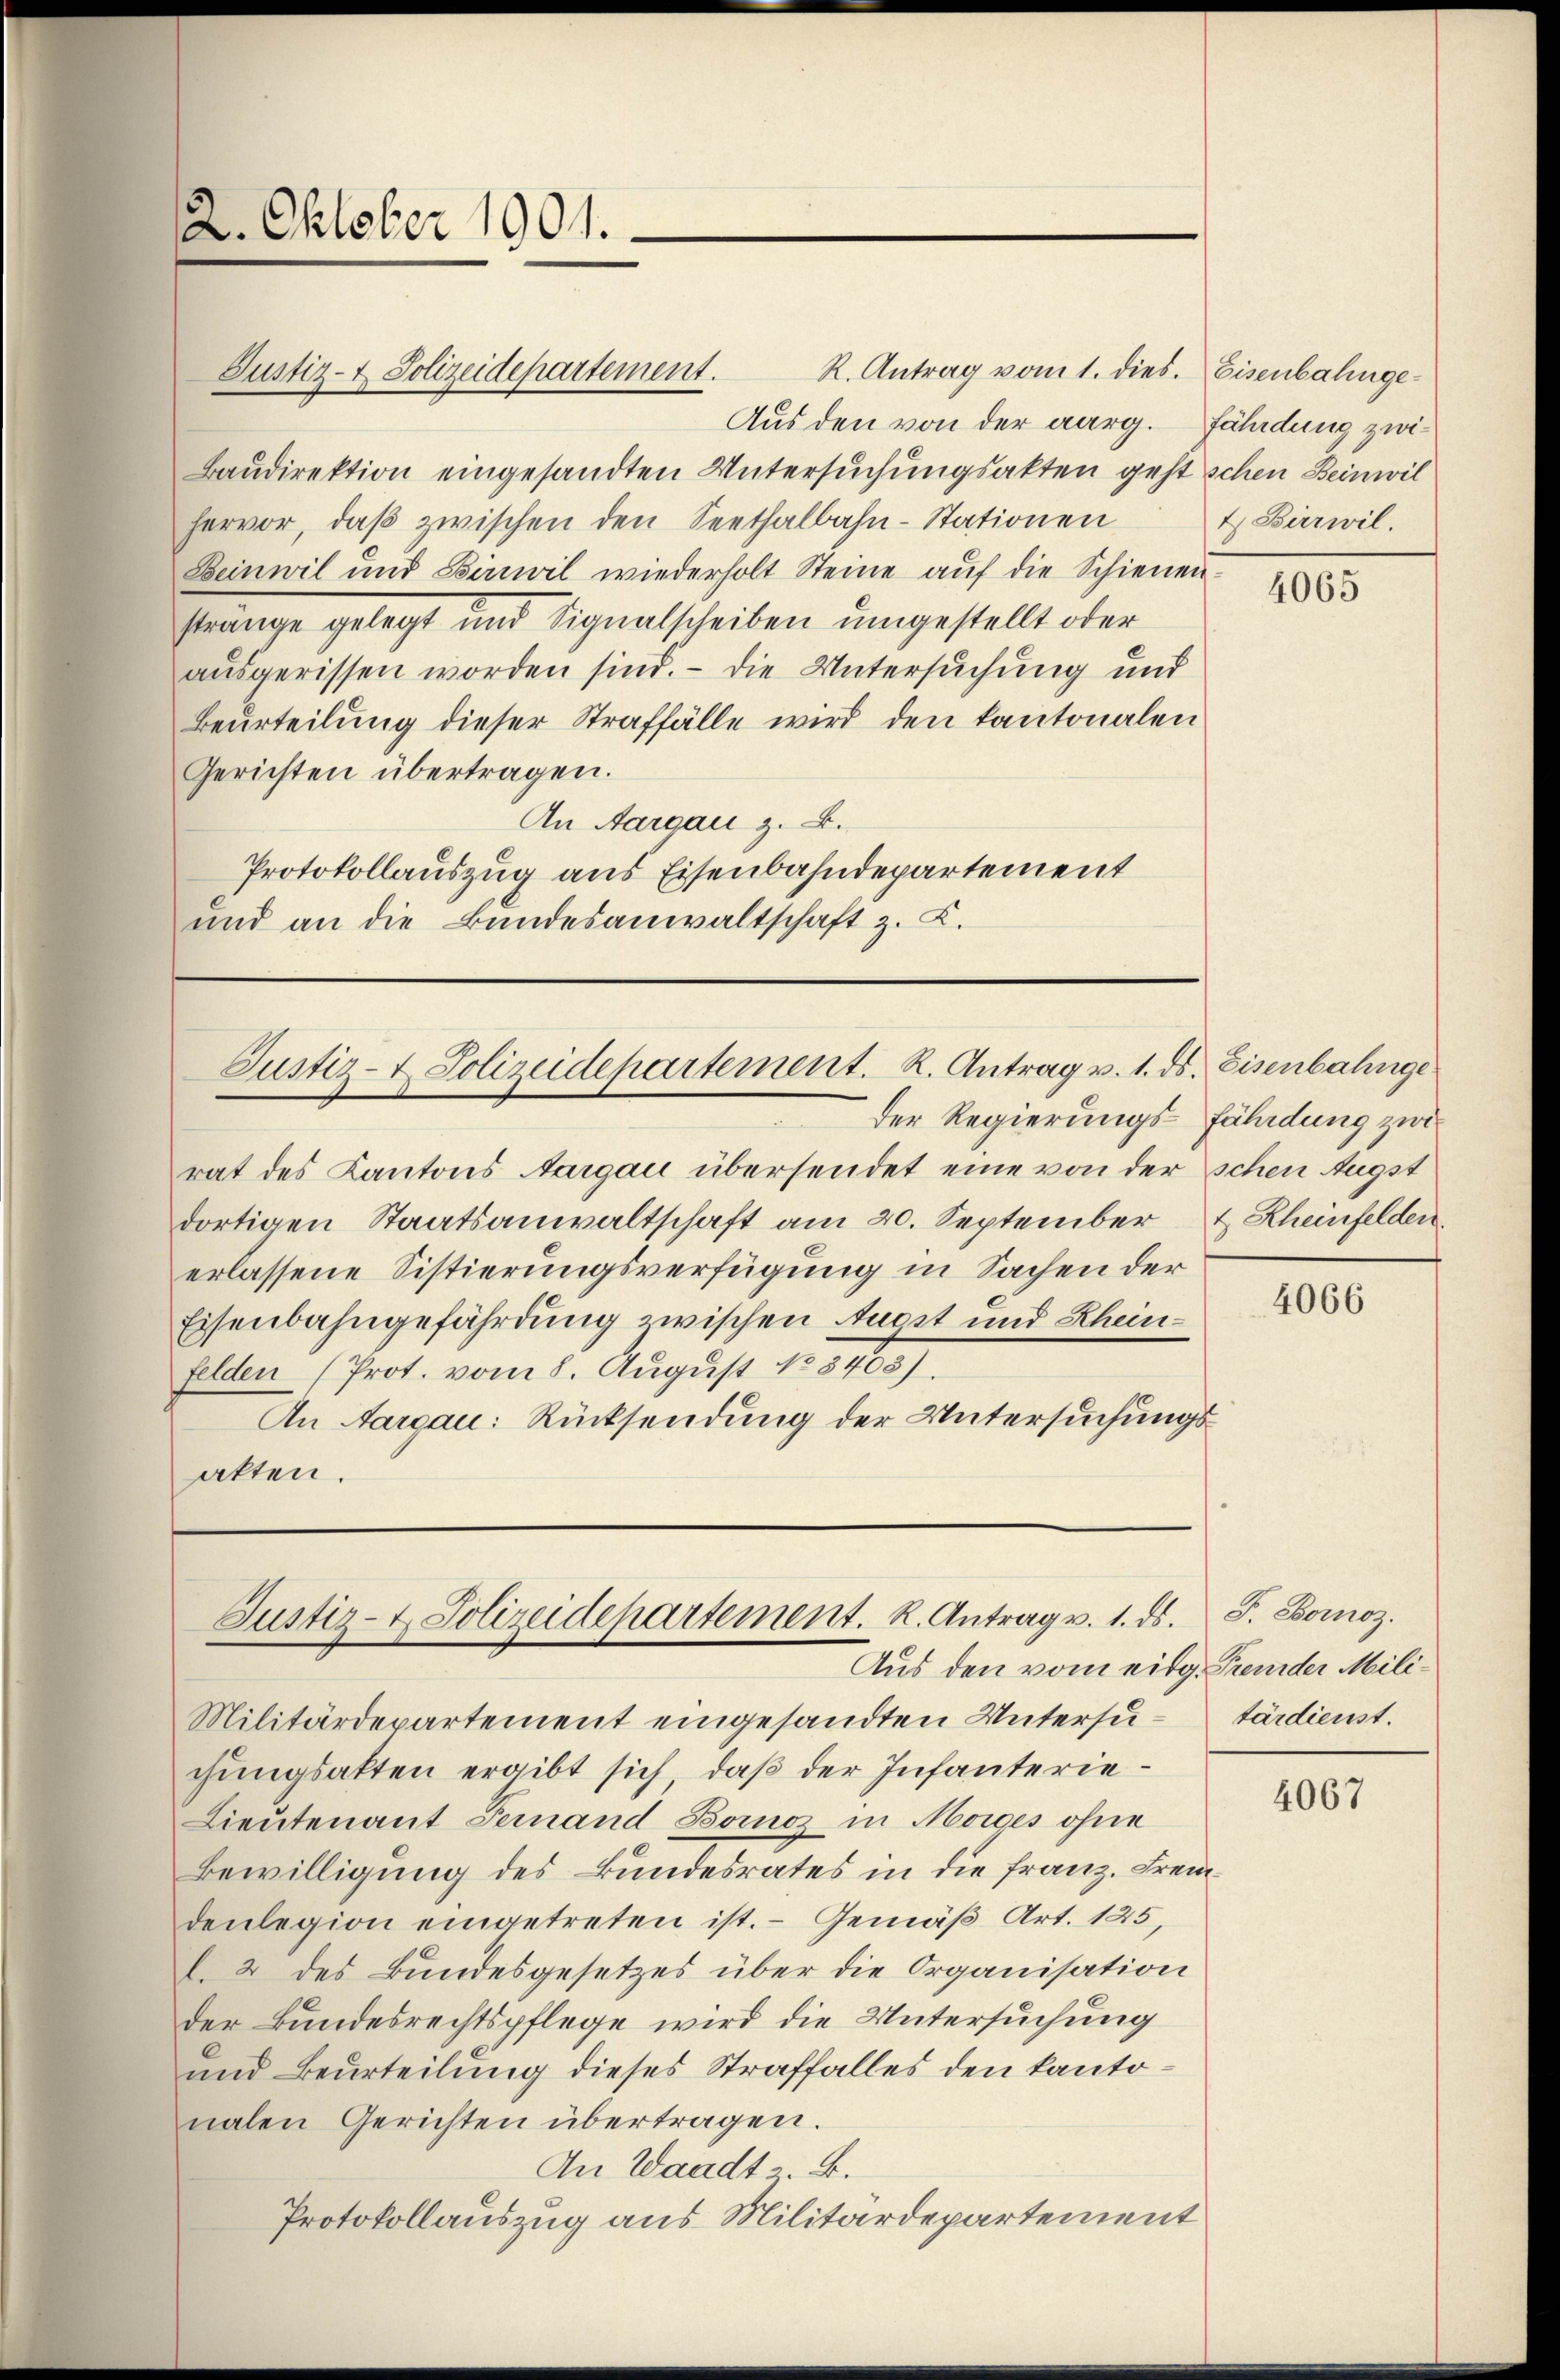
2. Oktober 1901.

Aus den von der aarg. Fährdung zwi¬
Baŭdirektion eingesandten Untersuchungsakten geht schen Beinwil
hervor, daβ zwischen den Seethalbahn-Stationen
Beinwil und Birwil wiederholt Steine aŭf die Schienen-
srange gelegt und signalscheiben umgestellt oder
ausgerissen worden sind. — Die Untersuchung und
Beurteilung dieser Straffälle wird den kantonalen
Gerichten übertragen.
An Aargau z. B.
Protokollauszug aus Eisenbahndepartement
und an die Bundesanwaltschaft z. K.

Justiz- & Polizeidepartement.

Justiz- & Polizeidepartement. K. Antrag v. 1. ds. Eisenbahnge
Der Regierungs-Fährdung zwi

Justiz- & Polizeidepartement. R. Antrag v. 1. ds. J. Boroz.
Aus den vom eidg. Fremder Mili¬

R. Antrag vom 1. dies. Eisenbahnge¬

t Bierwil.

rat des Kantons Aargau übersendet eine von der schen Augst
dortigen Staatsanwaltschaft am 20. September & Rheinfelden,
erlassene Sistierungsverfügung in Sachen der
Eisenbahngefährdung zwischen Ausst und Rheinfelden (Prot. vom 8. August 188403).
An Aargau: Rücksendung der Untersuchungsakten.

Militärdepartement eingesandten Untersuchungsatten ergibt sich, daß der Infanterie¬
Lieutenant Gernand Boinoz in Mordes ohne
Bewilligung des Bundesrates in die Franz. Fremdenlegion eingetreten ist. - Gemäß Art. 125,
l. 2 des Bundesgesetzes über die Organisation
der Bundesrechtspflege wird die Untersuchung
und Beurteilung dieses Straffalles den kantonalen Gerichten übertragen.
An Waadt. B.
Protokollauszug aus Militärdepartement

4065

4066

tärdienst.

4067